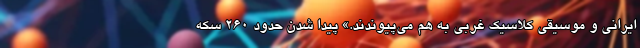
ایرانی و موسیقی کلاسیک غربی به هم می‌پیوندند.» پیدا شدن حدود 260 سکه‌